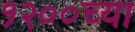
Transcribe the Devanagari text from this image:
१२००च्या